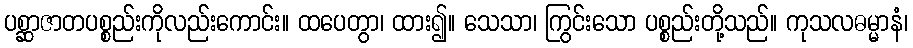
ပစ္ဆာဇာတပစ္စည်းကိုလည်းကောင်း။ ထပေတွာ၊ ထား၍။ သေသာ၊ ကြွင်းသော ပစ္စည်းတို့သည်။ ကုသလဓမ္မာနံ၊